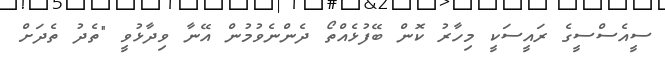
ސީއެސްސީގެ ރައީސަކީ މިހާރު ކޮން ބޭފުޅެއްތޯ ދެންނެވުމުން އޭނާ ވިދާޅުވީ "ތެދު ތެދަށް